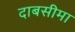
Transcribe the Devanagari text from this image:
दाबसीमा